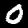
Label: 0